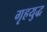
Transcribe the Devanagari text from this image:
गृहयुद्ध